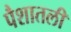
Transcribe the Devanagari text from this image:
पैशातली